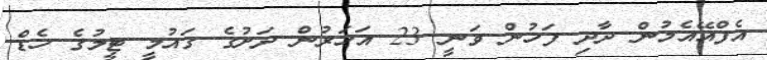
އެފްއޭއެމުން ދާދި ފަހުން ވަނީ 23 އަހަރުން ދަށުގެ ގައުމީ ޓީމުގެ ހެޑް